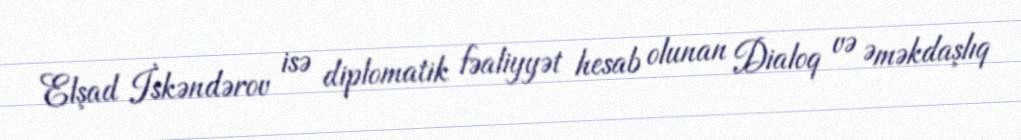
Elşad İskəndərov isə diplomatik fəaliyyət hesab olunan Dialoq və Əməkdaşlıq